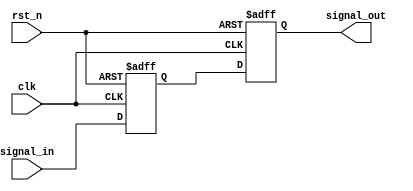
module Delay #(parameter DELAY_TIME = 10) (
    input wire clk,         // Clock signal for synchronization
    input wire rst_n,      // Active low reset
    input wire signal_in,   // Input signal
    output reg signal_out   // Output signal
);

    // Internal signal to hold the delayed value
    reg signal_in_delayed;

    // Always block to handle the input signal and delay
    always @(posedge clk or negedge rst_n) begin
        if (!rst_n) begin
            signal_out <= 1'b0; // Reset output signal
            signal_in_delayed <= 1'b0; // Reset delayed input
        end else begin
            // Delay the input signal by DELAY_TIME clock cycles
            signal_in_delayed <= signal_in;
            #DELAY_TIME signal_out <= signal_in_delayed;
        end
    end

endmodule